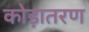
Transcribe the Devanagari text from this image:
कोड़ातरण